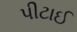
પીટાઈ